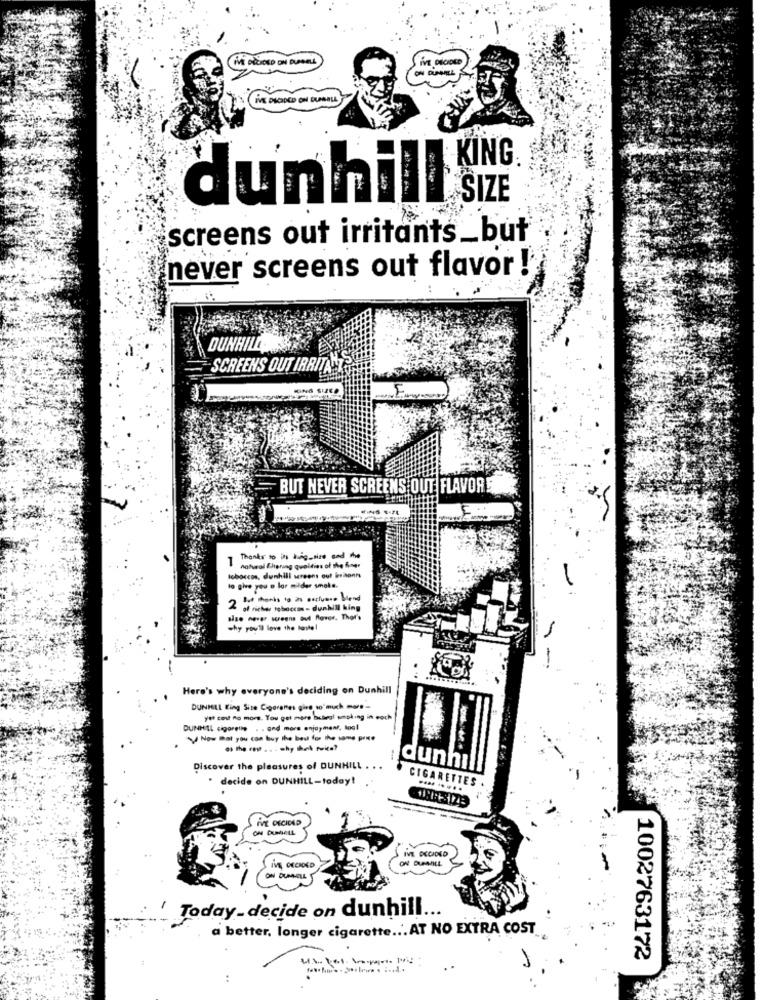
SiVE DECIDED
-KING
SIZE
dunhill
screens out irritants_ but
never screens out flavor !
DUNHILL
SCREENS OUT IRRITANT
KING SIZED
BUT NEVER SCREENS OUT FLAVOR E
7 Thanks to Ds hug_size and the
natural flipring quoidies of the fner
toborcos, dunhill screens out lesisonne
to give you o lar milder smoke.
But thenis to àn esclus .. blend
of richar rebeccas- dunhill king
sae never screens out Rover. Thor's
why you'll love the laste!
Here's why everyone's deciding on Dunhill
DUNHILL King Site Cigaranes gire so much more-
yel cost no more. You get more Scheal smoking in eoch
DUNHILL cigarette . . and more enjoyment. lool
· İ - .. . - hy - nuke?
Discover the pleasures of DUNHILL
dunhı
" decide on DUNHILL-today!
CIGARETTES
IVE DECIDED
IVE DECIDED
-
ON DUMMELL
Today_ decide on dunhill ...
a better, longer cigarette ... AT NO EXTRA COST
1002763172